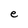
Character: e